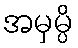
အမှမ္ပိ